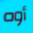
أوه